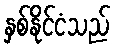
နှစ်နိုင်ငံသည်